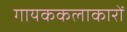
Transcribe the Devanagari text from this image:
गायककलाकारों